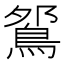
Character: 𫚹